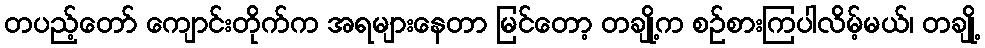
တပည့်တော် ကျောင်းတိုက်က အရများနေတာ မြင်တော့ တချို့က စဉ်စားကြပါလိမ့်မယ်၊ တချို့